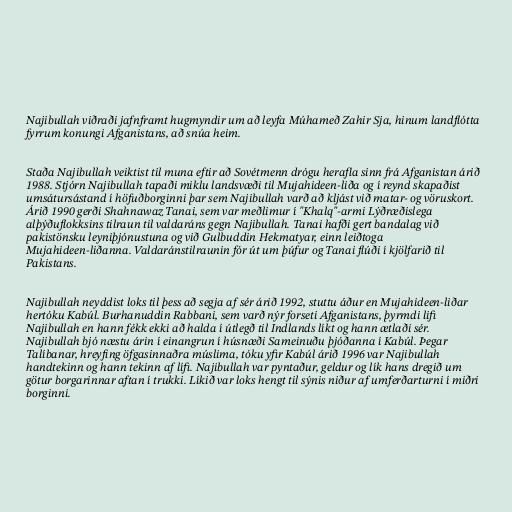
Najibullah viðraði jafnframt hugmyndir um að leyfa Múhameð Zahir Sja, hinum landflótta
fyrrum konungi Afganistans, að snúa heim.

Staða Najibullah veiktist til muna eftir að Sovétmenn drógu herafla sinn frá Afganistan árið
1988. Stjórn Najibullah tapaði miklu landsvæði til Mujahideen-liða og í reynd skapaðist
umsátursástand í höfuðborginni þar sem Najibullah varð að kljást við matar- og vöruskort.
Árið 1990 gerði Shahnawaz Tanai, sem var meðlimur í "Khalq"-armi Lýðræðislega
alþýðuflokksins tilraun til valdaráns gegn Najibullah. Tanai hafði gert bandalag við
pakistönsku leyniþjónustuna og við Gulbuddin Hekmatyar, einn leiðtoga
Mujahideen-liðanna. Valdaránstilraunin fór út um þúfur og Tanai flúði í kjölfarið til
Pakistans.

Najibullah neyddist loks til þess að segja af sér árið 1992, stuttu áður en Mujahideen-liðar
hertóku Kabúl. Burhanuddin Rabbani, sem varð nýr forseti Afganistans, þyrmdi lifi
Najibullah en hann fékk ekki að halda í útlegð til Indlands líkt og hann ætlaði sér.
Najibullah bjó næstu árin í einangrun í húsnæði Sameinuðu þjóðanna í Kabúl. Þegar
Talíbanar, hreyfing öfgasinnaðra múslima, tóku yfir Kabúl árið 1996 var Najibullah
handtekinn og hann tekinn af lífi. Najibullah var pyntaður, geldur og lík hans dregið um
götur borgarinnar aftan í trukki. Líkið var loks hengt til sýnis niður af umferðarturni í miðri
borginni.